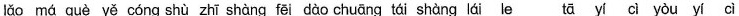
lǎo má què yě cóng shù zhī shàng fēi dào chāung tái shàng lái le tā yí cì yòu yí cì